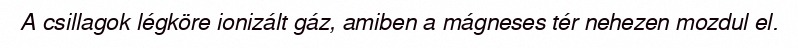
A csillagok légköre ionizált gáz, amiben a mágneses tér nehezen mozdul el.